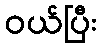
ဝယ်ပြီး